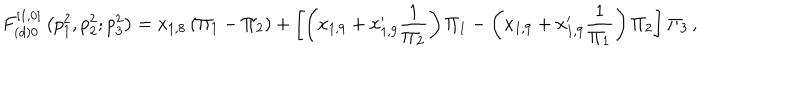
F _ { ( d ) 0 } ^ { [ 1 , 0 ] } \left( p _ { 1 } ^ { 2 } , p _ { 2 } ^ { 2 } ; p _ { 3 } ^ { 2 } \right) = x _ { 1 , 8 } \left( \Pi _ { 1 } - \Pi _ { 2 } \right) + \left[ \left( x _ { 1 , 9 } + x _ { 1 , 9 } ^ { \prime } \frac { 1 } { \Pi _ { 2 } } \right) \Pi _ { 1 } - \left( x _ { 1 , 9 } + x _ { 1 , 9 } ^ { \prime } \frac { 1 } { \Pi _ { 1 } } \right) \Pi _ { 2 } \right] \Pi _ { 3 } \, ,